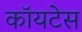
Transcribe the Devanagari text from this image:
कॉयटेस